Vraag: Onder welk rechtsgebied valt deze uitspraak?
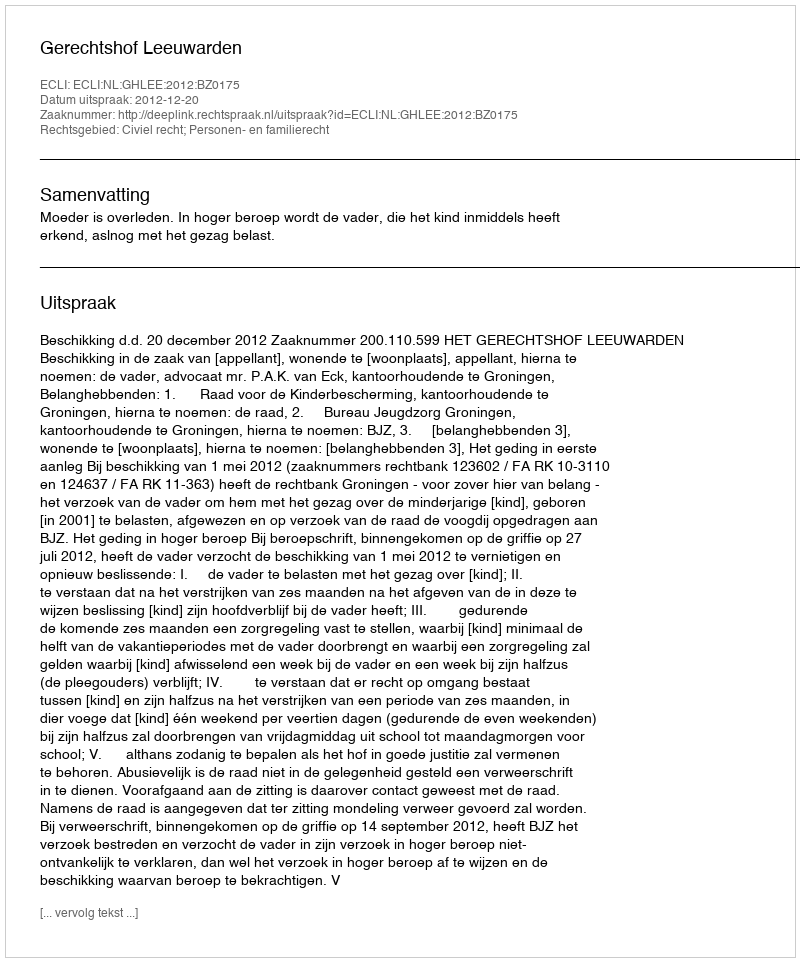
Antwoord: Civiel recht; Personen- en familierecht